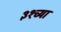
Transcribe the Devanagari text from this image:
३१च्या